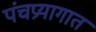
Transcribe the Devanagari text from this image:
पंचप्रयागात